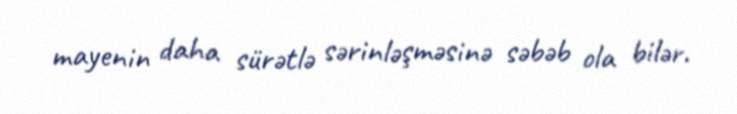
mayenin daha sürətlə sərinləşməsinə səbəb ola bilər.